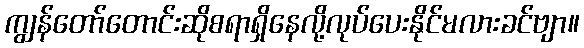
ကျွန်တော်တောင်းဆိုစရာရှိနေလို့လုပ်ပေးနိုင်မလားခင်ဗျာ။